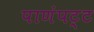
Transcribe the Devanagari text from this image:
पाणंपट्ट